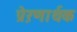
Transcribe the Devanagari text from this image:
प्रेऱणार्थक